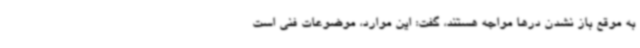
به موقع باز نشدن درها مواجه هستند، گفت: این موارد، موضوعات فنی است